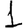
Digit: 1